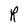
Character: R